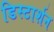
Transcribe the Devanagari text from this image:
डिस्टार्शन